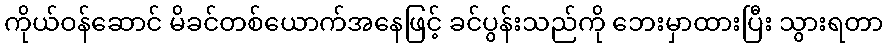
ကိုယ်ဝန်ဆောင် မိခင်တစ်ယောက်အနေဖြင့် ခင်ပွန်းသည်ကို ဘေးမှာထားပြီး သွားရတာ